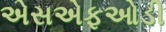
એસએફઓડી